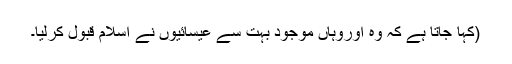
(کہا جاتا ہے کہ وہ اوروہاں موجود بہت سے عیسائیوں نے اسلام قبول کرلیا۔